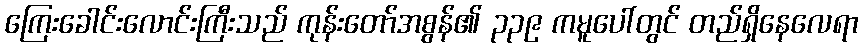
ကြေးခေါင်းလောင်းကြီးသည် ကုန်းတော်အစွန်၏ ၃၃၉ ကမူပေါ်တွင် တည်ရှိနေလေရာ